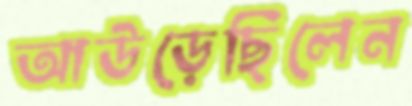
আউড়েছিলেন